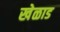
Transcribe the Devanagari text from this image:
खेळाड